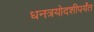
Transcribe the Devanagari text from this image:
धनत्रयोदशीपर्यंत